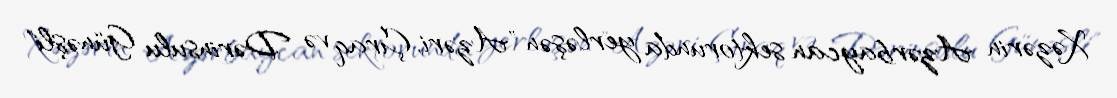
Xəzərin Azərbaycan sektorunda yerləşən "Azəri, Çıraq və Dərinsulu Günəşli"